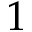
1